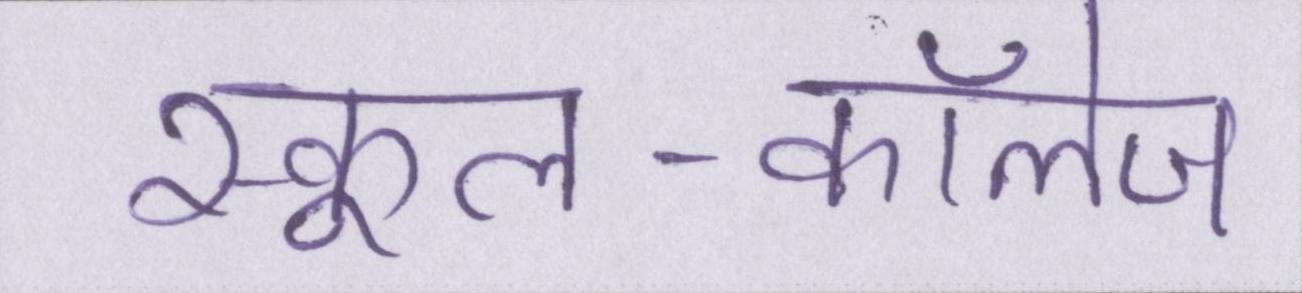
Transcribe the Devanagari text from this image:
स्कूल-कॉलेज